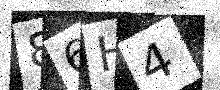
Text: 86H4